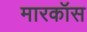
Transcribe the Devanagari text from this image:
मारकॉस